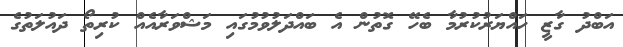
އަބްދު ގާޒީ ހައްޔަރުކުރުމާ ބެހޭ ގޮތުން އެ ބައްދަލުވުމުގައި މަޝްވަރާއެއް ކުރިތޯ ދައުލަތުގެ